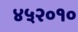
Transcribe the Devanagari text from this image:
४५२०१०